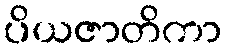
ပိယဇာတိကာ